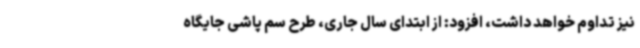
نیز تداوم خواهد داشت، افزود: از ابتدای سال جاری، طرح سم پاشی جایگاه